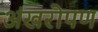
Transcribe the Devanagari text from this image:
अंखरोपण